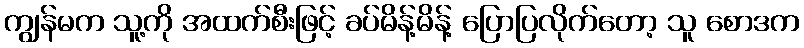
ကျွန်မက သူ့ကို အထက်စီးဖြင့် ခပ်မိန့်မိန့် ပြောပြလိုက်တော့ သူ စောဒက